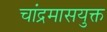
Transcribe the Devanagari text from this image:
चांद्रमासयुक्त